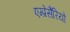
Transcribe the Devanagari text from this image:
एम्प्रेसैरियो